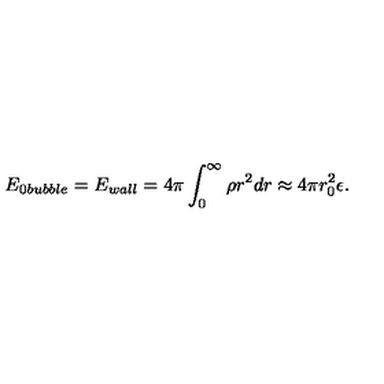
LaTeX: E _ { 0 b u b b l e } = E _ { w a l l } = 4 \pi \int _ { 0 } ^ { \infty } \rho r ^ { 2 } d r \approx 4 \pi r _ { 0 } ^ { 2 } \epsilon .